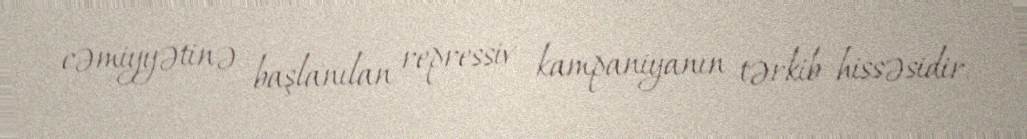
cəmiyyətinə başlanılan repressiv kampaniyanın tərkib hissəsidir.